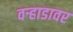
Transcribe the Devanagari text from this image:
वऱ्हाडावर